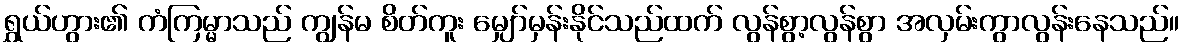
ရွှယ်ဟွား၏ ကံကြမ္မာသည် ကျွန်မ စိတ်ကူး မျှော်မှန်းနိုင်သည်ထက် လွန်စွာ့လွန်စွာ အလှမ်းကွာလွန်းနေသည်။